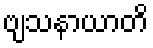
ဗျသနာယာတိ